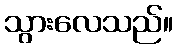
သွားလေသည်။